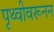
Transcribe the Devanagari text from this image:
पृथ्वीवरूनन